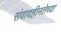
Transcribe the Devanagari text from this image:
संवादहीनतेच्या